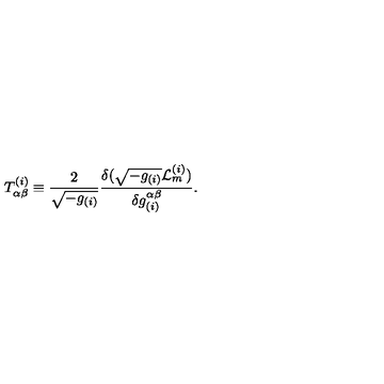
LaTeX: T _ { \alpha \beta } ^ { ( i ) } \equiv \frac { 2 } { \sqrt { - g _ { ( i ) } } } \frac { \delta ( \sqrt { - g _ { ( i ) } } { \cal L } _ { m } ^ { ( i ) } ) } { \delta g _ { ( i ) } ^ { \alpha \beta } } .